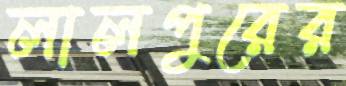
লালপুরের